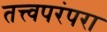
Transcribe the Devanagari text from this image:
तत्त्वपरंपरा